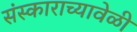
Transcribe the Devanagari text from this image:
संस्काराच्यावेळी